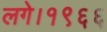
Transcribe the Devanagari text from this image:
लगे।१९६६